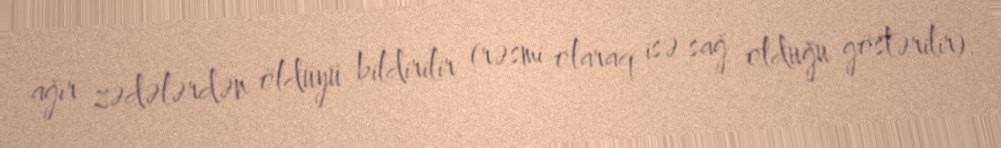
ağır zədələrdən öldüyü bildirilir (rəsmi olaraq isə sağ olduğu göstərilir).